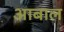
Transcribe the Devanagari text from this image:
आबाल